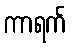
ကာရက်